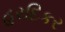
હરદિકર